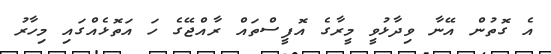
އެ ގޮތުން އޭނާ ވިދާޅުވީ މީރާގެ އޮފީސްތައް ރާއްޖޭގެ ހަ އަތޮޅެއްގައި މިހާރު